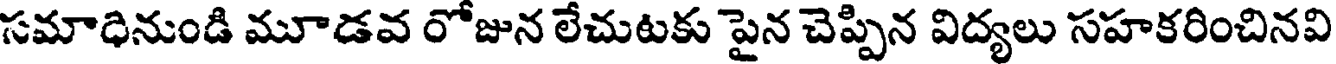
సమాధినుండి మూడవ రోజున లేచుటకు పైన చెప్పిన విద్యలు సహకరించినవి